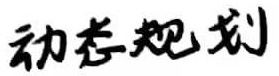
动态规划